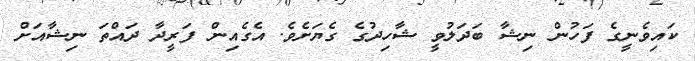
ކައިވެނީގެ ފަހުން ނިޝާ ބަދަލުވީ ޝާހިދުގެ ގެޔަށެވެ. އެގެއިން ފަރީދާ ދައްތަ ނިޝާއަށް